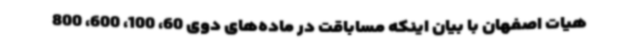
هیات اصفهان با بیان اینکه مساباقت در ماده‌های دوی 60، 100، 600، 800